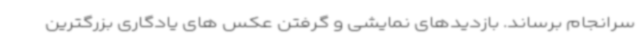
سرانجام برساند. بازدیدهای نمایشی و گرفتن عکس های یادگاری بزرگترین